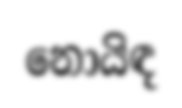
නොයිඳ